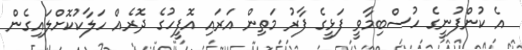
އެ ކުންފުނީގެ ހުސްބިމާވީ ފަޅީގެ ފާރު މަތިން އަރައި އޮފީހުގެ ދޮރެއް ހަލާކުކޮށްލައިގެން